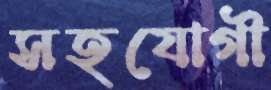
সহযোগী